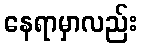
နေရာမှာလည်း